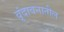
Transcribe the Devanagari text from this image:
वृंदावनातील